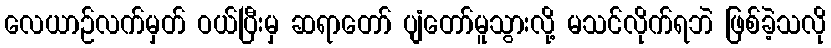
လေယာဉ်လက်မှတ် ဝယ်ပြီးမှ ဆရာတော် ပျံတော်မူသွားလို့ မသင်လိုက်ရဘဲ ဖြစ်ခဲ့သလို